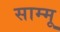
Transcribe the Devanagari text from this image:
साम्मू